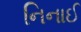
નિનાઈ